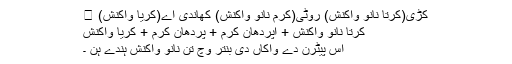
کڑی(کرتا نانوَ واکنش) روٹی(کرم نانوَ واکنش) کھاندی اے(کریا واکنش) ।
کرتا نانوَ واکنش + اپردھان کرم + پردھان کرم + کریا واکنش
اس پیٹرن دے واکاں دی بنتر وچ تن نانوَ واکنش ہندے ہن ۔